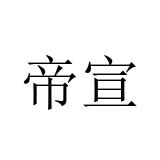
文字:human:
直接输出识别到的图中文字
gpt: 帝宣